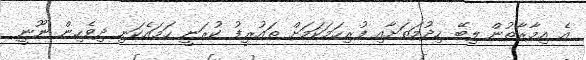
އެ އިމާރާތުން ލިބޭ ހިދުމަތަށާއި ފުރިހަމަކަމަށް ތައުރީފު ކުރަނީ ހަމައެކަނި ދިވެހިން ނޫނީ